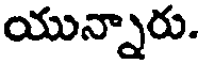
యున్నారు.